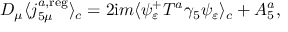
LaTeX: D _ { \mu } \langle j _ { 5 \mu } ^ { a , \mathrm { r e g } } \rangle _ { c } = 2 \mathrm { i } m \langle \psi _ { \varepsilon } ^ { + } T ^ { a } \gamma _ { 5 } \psi _ { \varepsilon } \rangle _ { c } + { \cal A } _ { 5 } ^ { a } ,